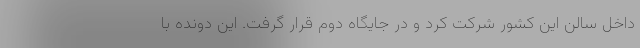
داخل سالن این کشور شرکت کرد و در جایگاه دوم قرار گرفت. این دونده با